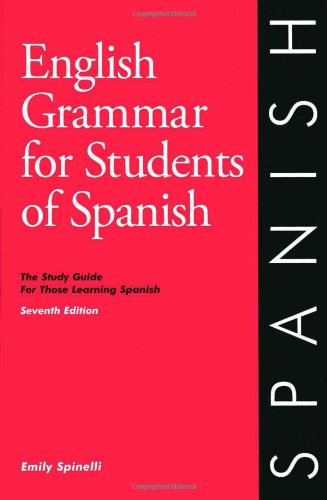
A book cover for English Grammar for Students of Spanish: The Study Guide for Those Learning Spanish, Seventh edition (O&H Study Guides); Emily Spinelli; Reference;